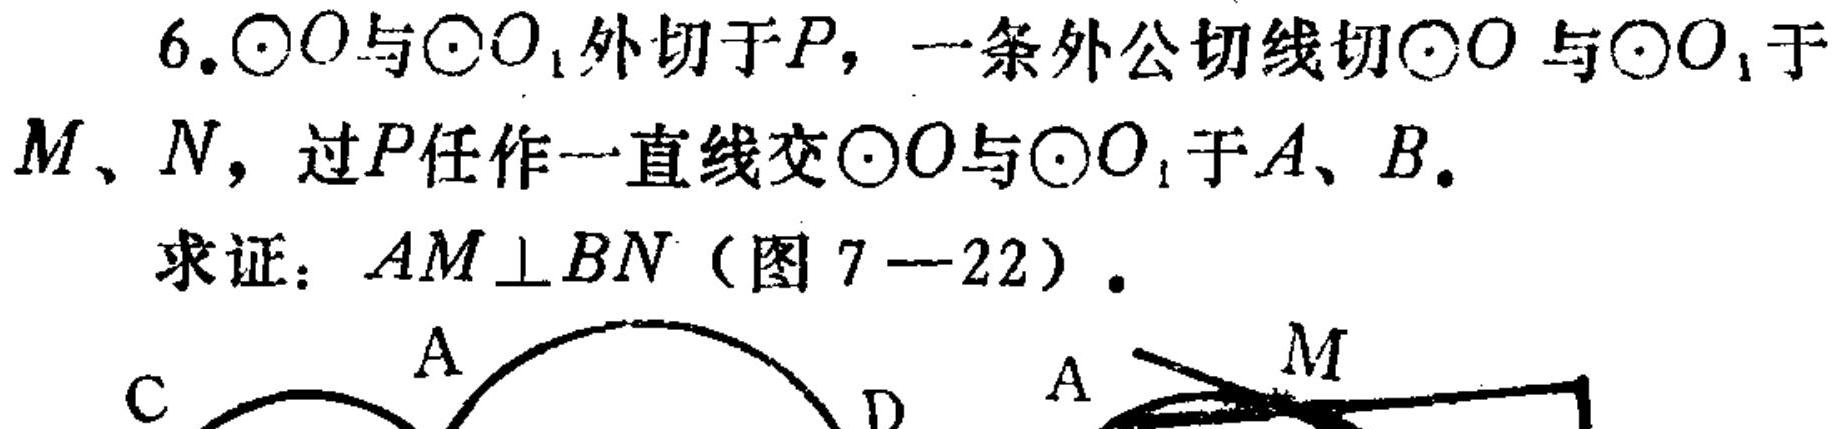
6. $\odot O$与$\odot O_1$外切于$P$，一条外公切线切$\odot O$与$\odot O_1$于$M$、$N$，过$P$任作一直线交$\odot O$与$\odot O_1$于$A$、$B$.
求证：$AM\perp BN$（图 7—22）.